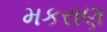
મકરાણ